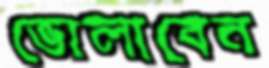
ভোলাবেন